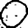
Digit: 0